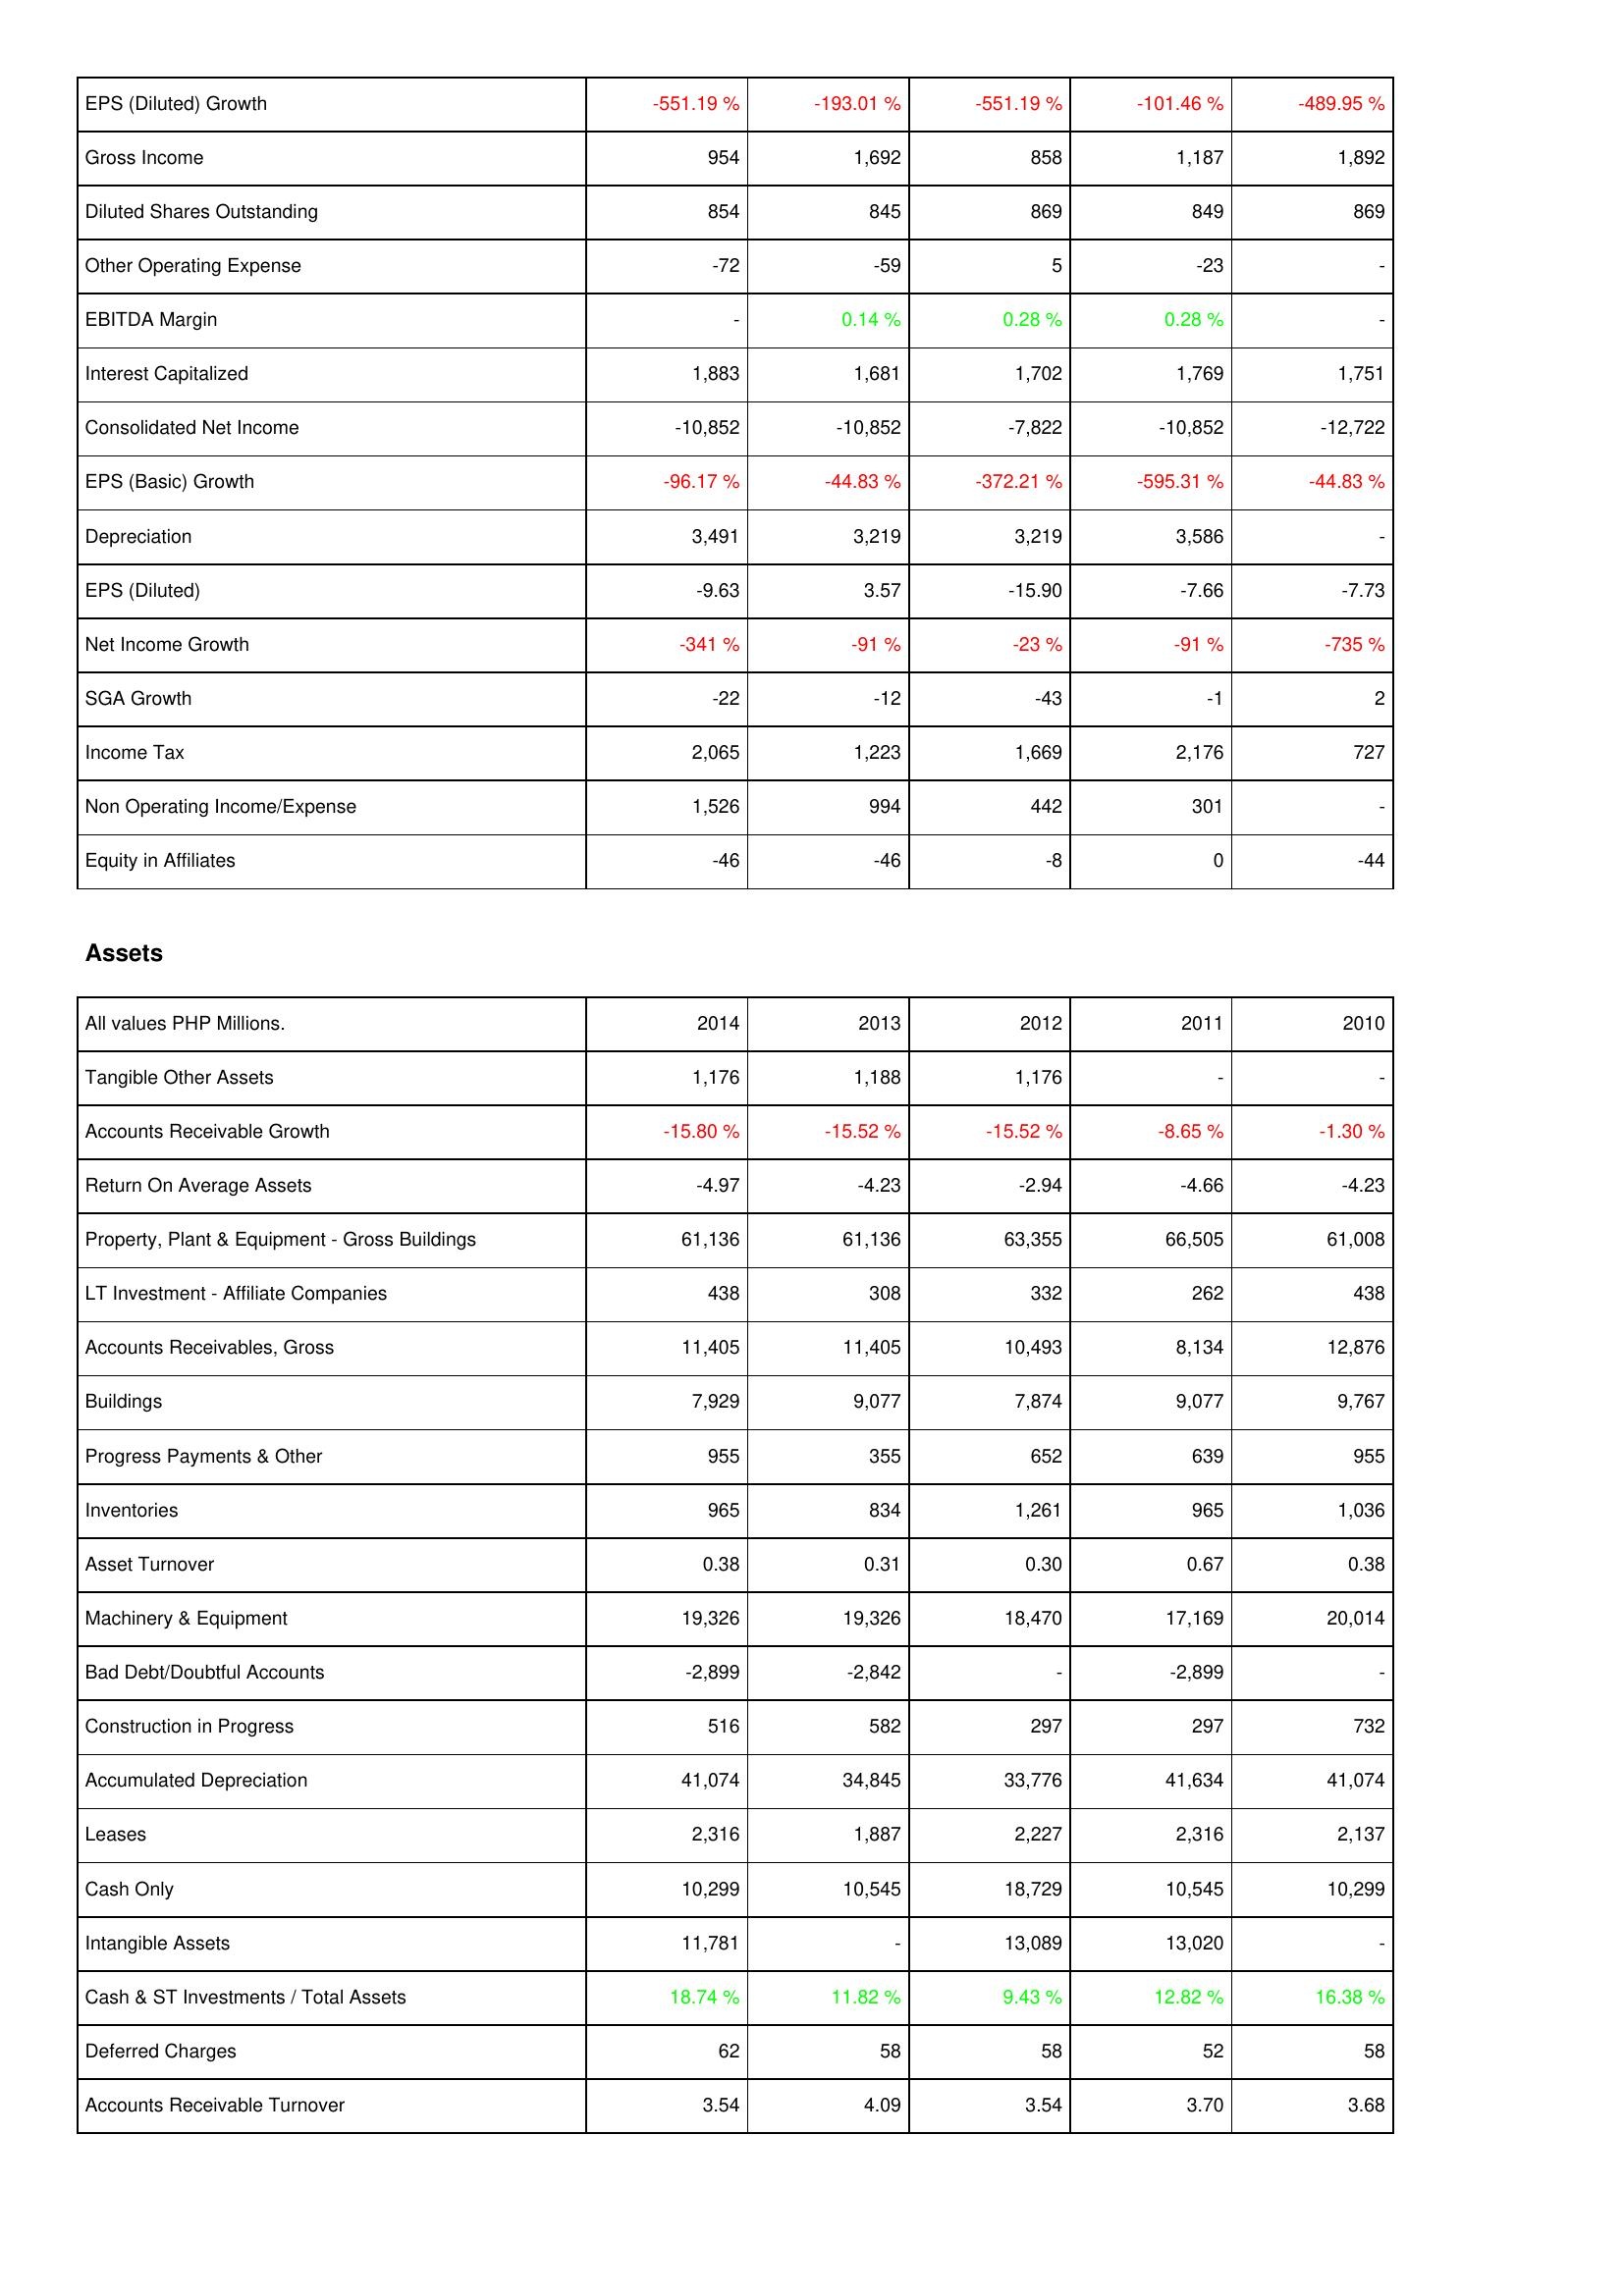
2014: Income Statement: EPS (Diluted) Growth: -551.19 %
Gross Income: 954
Diluted Shares Outstanding: 854
Other Operating Expense: -72
EBITDA Margin: -
Interest Capitalized: 1,883
Consolidated Net Income: -10,852
EPS (Basic) Growth: -96.17 %
Depreciation: 3,491
EPS (Diluted): -9.63
Net Income Growth: -341 %
SGA Growth: -22
Income Tax: 2,065
Non Operating Income/Expense: 1,526
Equity in Affiliates: -46
Assets: Tangible Other Assets: 1,176
Accounts Receivable Growth: -15.80 %
Return On Average Assets: -4.97
Property, Plant & Equipment - Gross Buildings: 61,136
LT Investment - Affiliate Companies: 438
Accounts Receivables, Gross: 11,405
Buildings: 7,929
Progress Payments & Other: 955
Inventories: 965
Asset Turnover: 0.38
Machinery & Equipment: 19,326
Bad Debt/Doubtful Accounts: -2,899
Construction in Progress: 516
Accumulated Depreciation: 41,074
Leases: 2,316
Cash Only: 10,299
Intangible Assets: 11,781
Cash & ST Investments / Total Assets: 18.74 %
Deferred Charges: 62
Accounts Receivable Turnover: 3.54
2013: Income Statement: EPS (Diluted) Growth: -193.01 %
Gross Income: 1,692
Diluted Shares Outstanding: 845
Other Operating Expense: -59
EBITDA Margin: 0.14 %
Interest Capitalized: 1,681
Consolidated Net Income: -10,852
EPS (Basic) Growth: -44.83 %
Depreciation: 3,219
EPS (Diluted): 3.57
Net Income Growth: -91 %
SGA Growth: -12
Income Tax: 1,223
Non Operating Income/Expense: 994
Equity in Affiliates: -46
Assets: Tangible Other Assets: 1,188
Accounts Receivable Growth: -15.52 %
Return On Average Assets: -4.23
Property, Plant & Equipment - Gross Buildings: 61,136
LT Investment - Affiliate Companies: 308
Accounts Receivables, Gross: 11,405
Buildings: 9,077
Progress Payments & Other: 355
Inventories: 834
Asset Turnover: 0.31
Machinery & Equipment: 19,326
Bad Debt/Doubtful Accounts: -2,842
Construction in Progress: 582
Accumulated Depreciation: 34,845
Leases: 1,887
Cash Only: 10,545
Intangible Assets: -
Cash & ST Investments / Total Assets: 11.82 %
Deferred Charges: 58
Accounts Receivable Turnover: 4.09
2012: Income Statement: EPS (Diluted) Growth: -551.19 %
Gross Income: 858
Diluted Shares Outstanding: 869
Other Operating Expense: 5
EBITDA Margin: 0.28 %
Interest Capitalized: 1,702
Consolidated Net Income: -7,822
EPS (Basic) Growth: -372.21 %
Depreciation: 3,219
EPS (Diluted): -15.90
Net Income Growth: -23 %
SGA Growth: -43
Income Tax: 1,669
Non Operating Income/Expense: 442
Equity in Affiliates: -8
Assets: Tangible Other Assets: 1,176
Accounts Receivable Growth: -15.52 %
Return On Average Assets: -2.94
Property, Plant & Equipment - Gross Buildings: 63,355
LT Investment - Affiliate Companies: 332
Accounts Receivables, Gross: 10,493
Buildings: 7,874
Progress Payments & Other: 652
Inventories: 1,261
Asset Turnover: 0.30
Machinery & Equipment: 18,470
Bad Debt/Doubtful Accounts: -
Construction in Progress: 297
Accumulated Depreciation: 33,776
Leases: 2,227
Cash Only: 18,729
Intangible Assets: 13,089
Cash & ST Investments / Total Assets: 9.43 %
Deferred Charges: 58
Accounts Receivable Turnover: 3.54
2011: Income Statement: EPS (Diluted) Growth: -101.46 %
Gross Income: 1,187
Diluted Shares Outstanding: 849
Other Operating Expense: -23
EBITDA Margin: 0.28 %
Interest Capitalized: 1,769
Consolidated Net Income: -10,852
EPS (Basic) Growth: -595.31 %
Depreciation: 3,586
EPS (Diluted): -7.66
Net Income Growth: -91 %
SGA Growth: -1
Income Tax: 2,176
Non Operating Income/Expense: 301
Equity in Affiliates: 0
Assets: Tangible Other Assets: -
Accounts Receivable Growth: -8.65 %
Return On Average Assets: -4.66
Property, Plant & Equipment - Gross Buildings: 66,505
LT Investment - Affiliate Companies: 262
Accounts Receivables, Gross: 8,134
Buildings: 9,077
Progress Payments & Other: 639
Inventories: 965
Asset Turnover: 0.67
Machinery & Equipment: 17,169
Bad Debt/Doubtful Accounts: -2,899
Construction in Progress: 297
Accumulated Depreciation: 41,634
Leases: 2,316
Cash Only: 10,545
Intangible Assets: 13,020
Cash & ST Investments / Total Assets: 12.82 %
Deferred Charges: 52
Accounts Receivable Turnover: 3.70
2010: Income Statement: EPS (Diluted) Growth: -489.95 %
Gross Income: 1,892
Diluted Shares Outstanding: 869
Other Operating Expense: -
EBITDA Margin: -
Interest Capitalized: 1,751
Consolidated Net Income: -12,722
EPS (Basic) Growth: -44.83 %
Depreciation: -
EPS (Diluted): -7.73
Net Income Growth: -735 %
SGA Growth: 2
Income Tax: 727
Non Operating Income/Expense: -
Equity in Affiliates: -44
Assets: Tangible Other Assets: -
Accounts Receivable Growth: -1.30 %
Return On Average Assets: -4.23
Property, Plant & Equipment - Gross Buildings: 61,008
LT Investment - Affiliate Companies: 438
Accounts Receivables, Gross: 12,876
Buildings: 9,767
Progress Payments & Other: 955
Inventories: 1,036
Asset Turnover: 0.38
Machinery & Equipment: 20,014
Bad Debt/Doubtful Accounts: -
Construction in Progress: 732
Accumulated Depreciation: 41,074
Leases: 2,137
Cash Only: 10,299
Intangible Assets: -
Cash & ST Investments / Total Assets: 16.38 %
Deferred Charges: 58
Accounts Receivable Turnover: 3.68